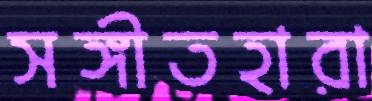
সঙ্গীতহারা